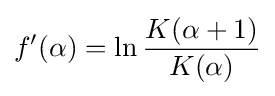
f'(\alpha )=\ln {\frac {K(\alpha +1)}{K(\alpha )}}